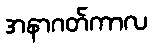
အနာဂတ်ကာလ